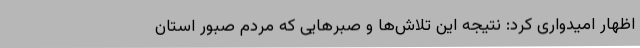
اظهار امیدواری کرد: نتیجه این تلاش‌ها و صبرهایی که مردم صبور استان